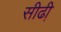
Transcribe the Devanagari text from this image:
सीढी़